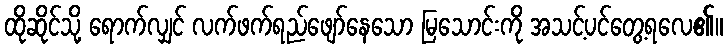
ထိုဆိုင်သို့ ရောက်လျှင် လက်ဖက်ရည်ဖျော်နေသော မြသောင်းကို အသင့်ပင်တွေ့ရလေ၏။